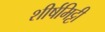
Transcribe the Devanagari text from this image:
शीर्षमिट्टी